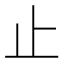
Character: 止